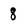
Character: 8